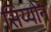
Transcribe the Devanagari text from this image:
सिय्योन